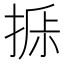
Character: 𰔁